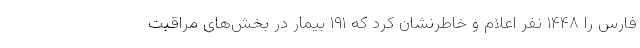
فارس را ۱۴۴۸ نفر اعلام و خاطرنشان کرد که ۱۹۱ بیمار در بخش‌های مراقبت